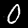
Label: 0